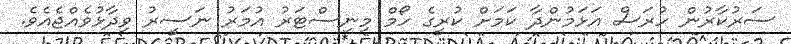
ސަރުކާރުން ހުރަސް އަޅަމުންދާ ކަމަށް ކުރީގެ ހޯމް މިނިސްޓަރު އުމަރު ނަސީރު ވިދާޅުވެއްޖެއެވެ.